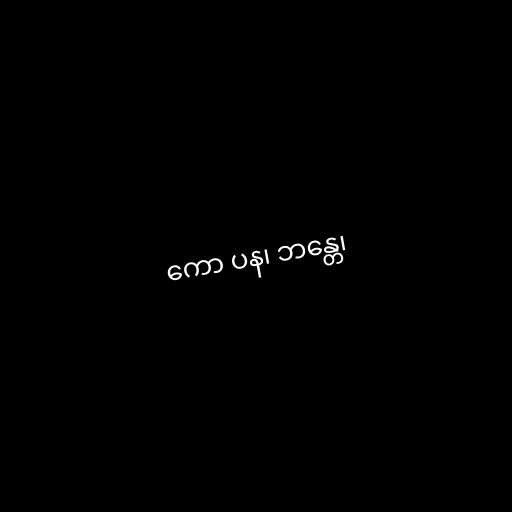
ကော ပန၊ ဘန္တေ၊